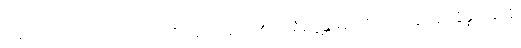
ဝမ်းလျှာအသားသည်။ ပိဟကံ၊ အဖျဉ်းမည်၏။ သရီရဗ္တန္တရေ၊ ကိုယ်အတွင်း၌။ ဒွိန္နံထနာနံ၊